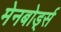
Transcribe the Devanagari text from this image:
मेनबोर्ड्स